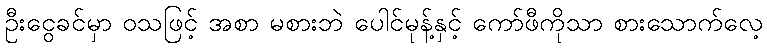
ဦးငွေခင်မှာ ဝသဖြင့် အစာ မစားဘဲ ပေါင်မုန့်နှင့် ကော်ဖီကိုသာ စားသောက်လေ့